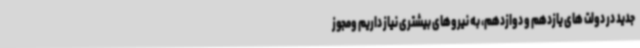
جدید در دولت های یازدهم و دوازدهم، به نیروهای بیشتری نیاز داریم ومجوز